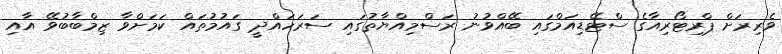
ވެރިރަށް ޕްރިޓޯރިއާގެ ސްޓޭޑިއަމްގައި ބޭއްވުނު ރަސްމިއްޔާތުގައި ސަރަހައްދީ ގައުމުތައް ކަމަށްވާ ޒިމްބާބުވޭ އާއި